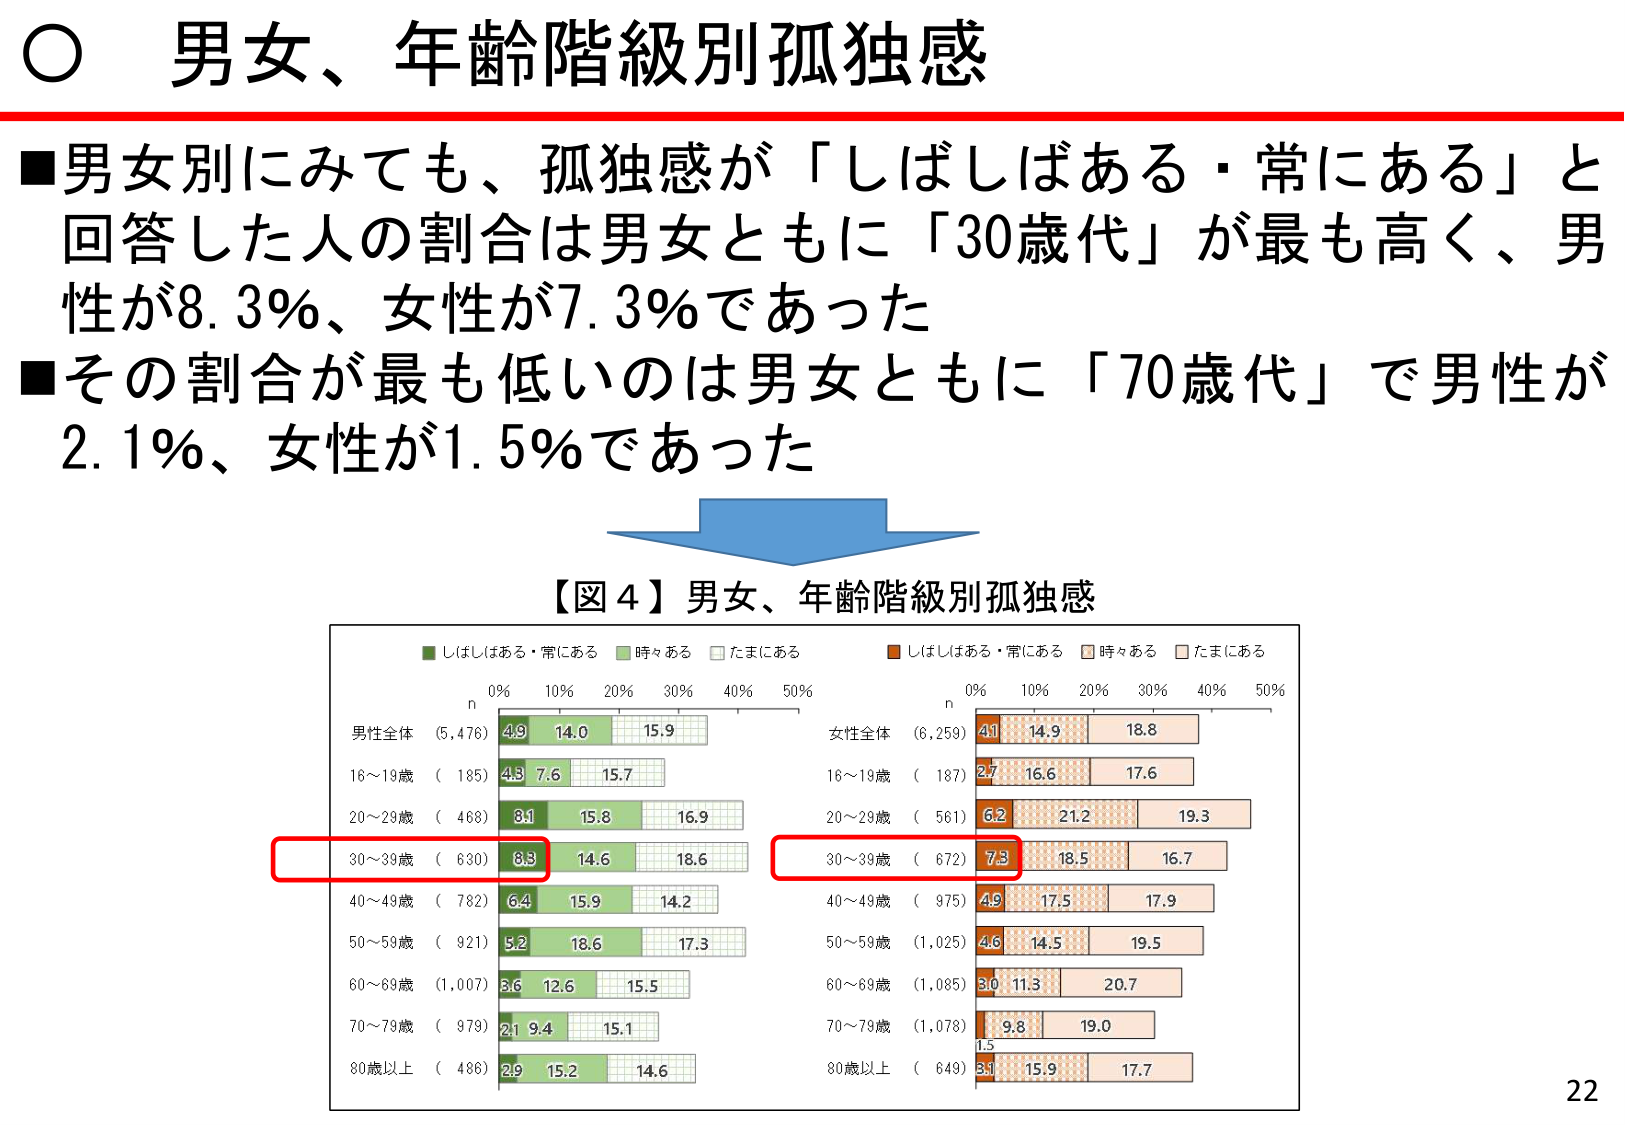
○ 男女、年齢階級別孤独感

■男女別にみても、孤独感が「しばしばある・常にある」と回答した人の割合は男女ともに「30歳代」が最も高く、男性が8.3％、女性が7.3％であった
■その割合が最も低いのは男女ともに「70歳代」で男性が2.1％、女性が1.5％であった

【図４】男女、年齢階級別孤独感

■しばしばある・常にある　■時々ある　■たまにある
■しばしばある・常にある　■時々ある　■たまにある

n　0%　10%　20%　30%　40%　50%
男性全体　(5,476)　4.9　14.0　15.9
16～19歳　(185)　4.3　7.6　15.7
20～29歳　(468)　8.1　15.8　16.9
30～39歳　(630)　8.3　14.6　18.6
40～49歳　(782)　6.4　15.9　14.2
50～59歳　(921)　5.2　18.6　17.3
60～69歳　(1,007)　3.6　12.6　15.5
70～79歳　(979)　2.1　9.4　15.1
80歳以上　(486)　2.9　15.2　14.6

n　0%　10%　20%　30%　40%　50%
女性全体　(6,259)　4.1　14.9　18.8
16～19歳　(187)　2.7　16.6　17.6
20～29歳　(561)　6.2　21.2　19.3
30～39歳　(672)　7.3　18.5　16.7
40～49歳　(975)　4.9　17.5　17.9
50～59歳　(1,025)　4.6　14.5　19.5
60～69歳　(1,085)　3.0　11.3　20.7
70～79歳　(1,078)　1.5　9.8　19.0
80歳以上　(649)　3.1　15.9　17.7

22